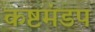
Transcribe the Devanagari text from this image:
कष्टमंडप